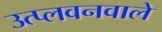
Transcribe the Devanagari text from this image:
उत्प्लवनवाले